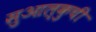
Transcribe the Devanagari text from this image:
सुआल्कुची